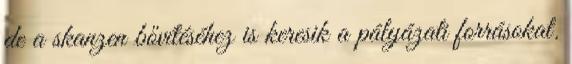
de a skanzen bővítéséhez is keresik a pályázati forrásokat.